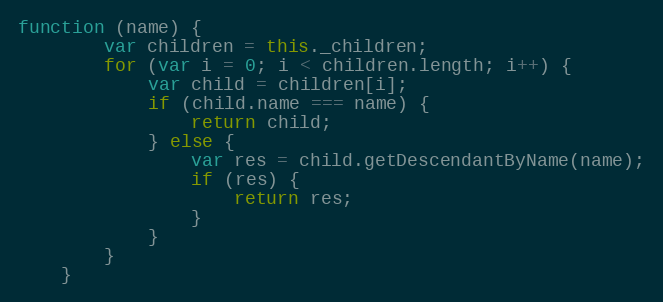
Language: JavaScript
function (name) {
        var children = this._children;
        for (var i = 0; i < children.length; i++) {
            var child = children[i];
            if (child.name === name) {
                return child;
            } else {
                var res = child.getDescendantByName(name);
                if (res) {
                    return res;
                }
            }
        }
    }